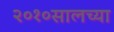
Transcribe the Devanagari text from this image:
२०१०सालच्या